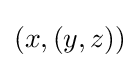
(x,(y,z))